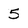
Character: 5